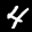
Label: 4